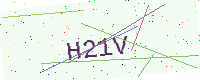
Text: H21V